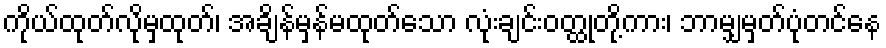
ကိုယ်ထုတ်လိုမှထုတ်၊ အချိန်မှန်မထုတ်သော လုံးချင်းဝတ္ထုတို့ကား၊ ဘာမျှမှတ်ပုံတင်နေ